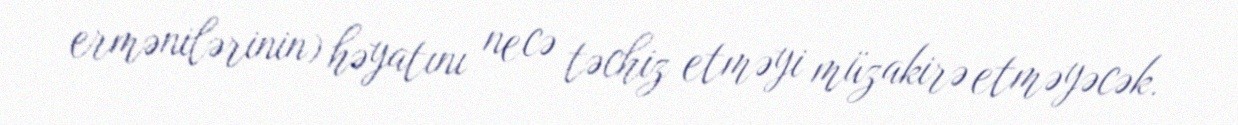
ermənilərinin) həyatını necə təchiz etməyi müzakirə etməyəcək.